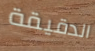
الدقيقة